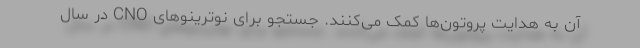
آن به هدایت پروتون‌ها کمک می‌کنند. جستجو برای نوترینوهای CNO در سال